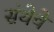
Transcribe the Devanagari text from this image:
संथेचे